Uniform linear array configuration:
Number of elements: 4
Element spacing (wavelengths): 1
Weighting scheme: cosine
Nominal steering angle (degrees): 15
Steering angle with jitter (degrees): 13.255
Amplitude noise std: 0.05
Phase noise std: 0.05

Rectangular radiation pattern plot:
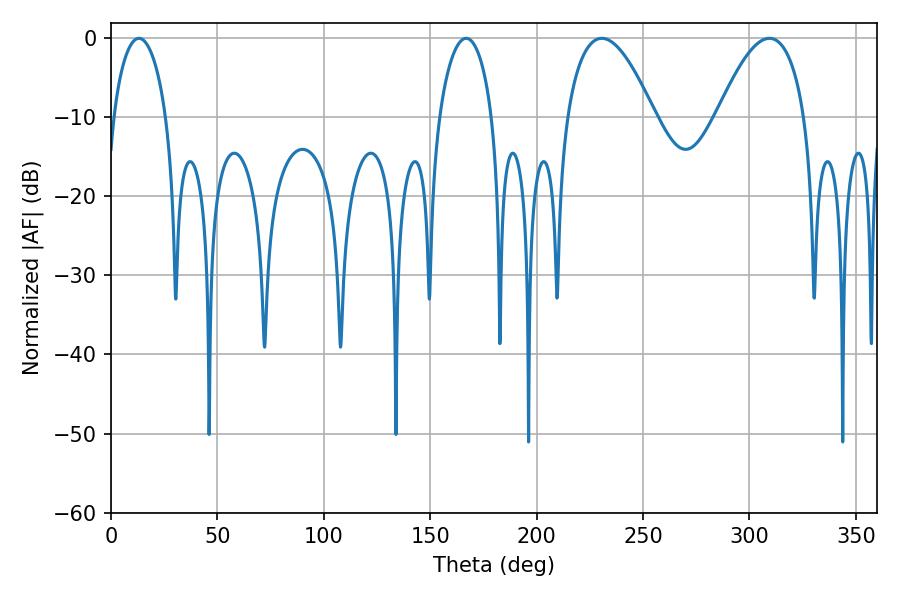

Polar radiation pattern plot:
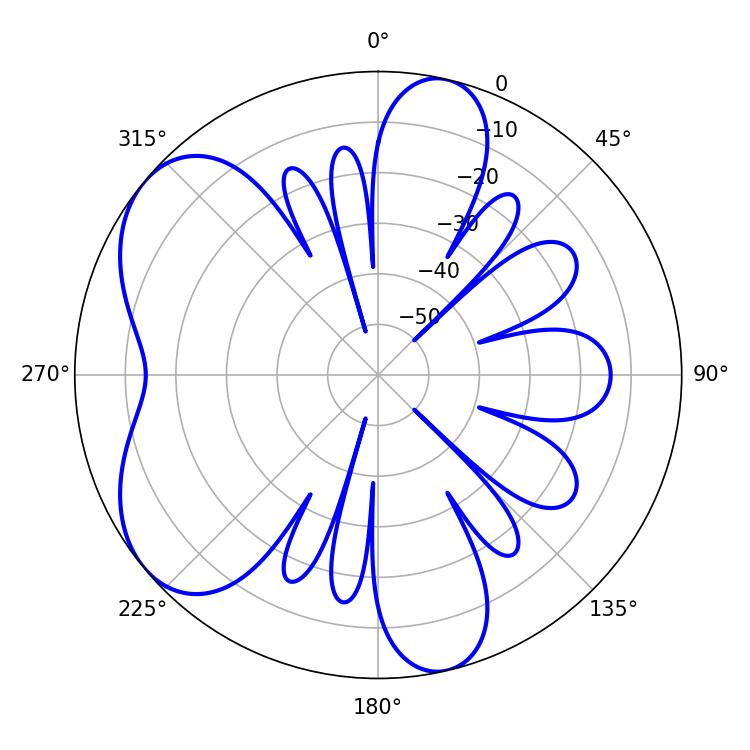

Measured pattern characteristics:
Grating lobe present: TRUE
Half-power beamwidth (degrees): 14.22
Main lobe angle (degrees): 13.14